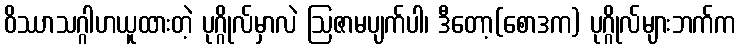
ဝိဿာသဂ္ဂါဟယူထားတဲ့ ပုဂ္ဂိုလ်မှာလဲ ဩဇာမပျက်ပါ၊ ဒီတော့(စောဒက) ပုဂ္ဂိုလ်များဘက်က